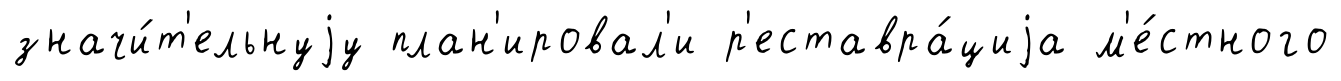
значи́т'ельнуjу план'ировал'и р'еставра́циjа м'е́стного